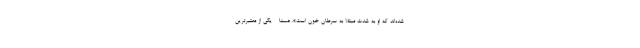
شده‌اند که او به شدت مبتلا به سرطان خون است». ضمناً - یکی از معتبرترین